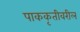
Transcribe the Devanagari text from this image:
पाककृतीवरील